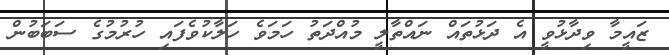
ޒައީމާ ވިދާޅުވީ އެ ދަޅުތައް ނައްތާލީ މުއްދަތު ހަމަވެ ހަލާކުވެފައި ހުރުމުގެ ސަބަބުން